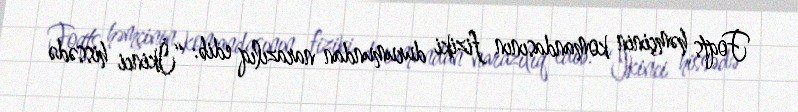
Foqts həmçinin komandasının fiziki durumundan narazılıq edib: “İkinci hissədə